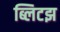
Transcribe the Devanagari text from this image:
ब्लिटझ